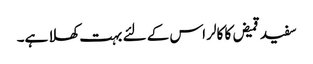
سفید قمیض کا کالر اس کے لئے بہت کھلا ہے۔